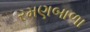
રમણબાળા